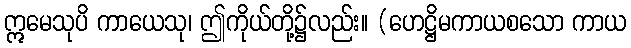
ဣမေသုပိ ကာယေသု၊ ဤကိုယ်တို့၌လည်း။ (ဟေဋ္ဌိမကာယစသော ကာယ